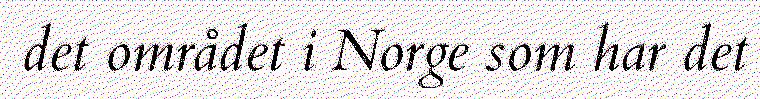
det området i Norge som har det